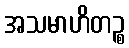
အသမာဟိတဉ္စ